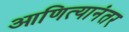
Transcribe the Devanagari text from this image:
आणित्यानंतर